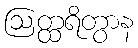
ဩတ္ထရိတွာန